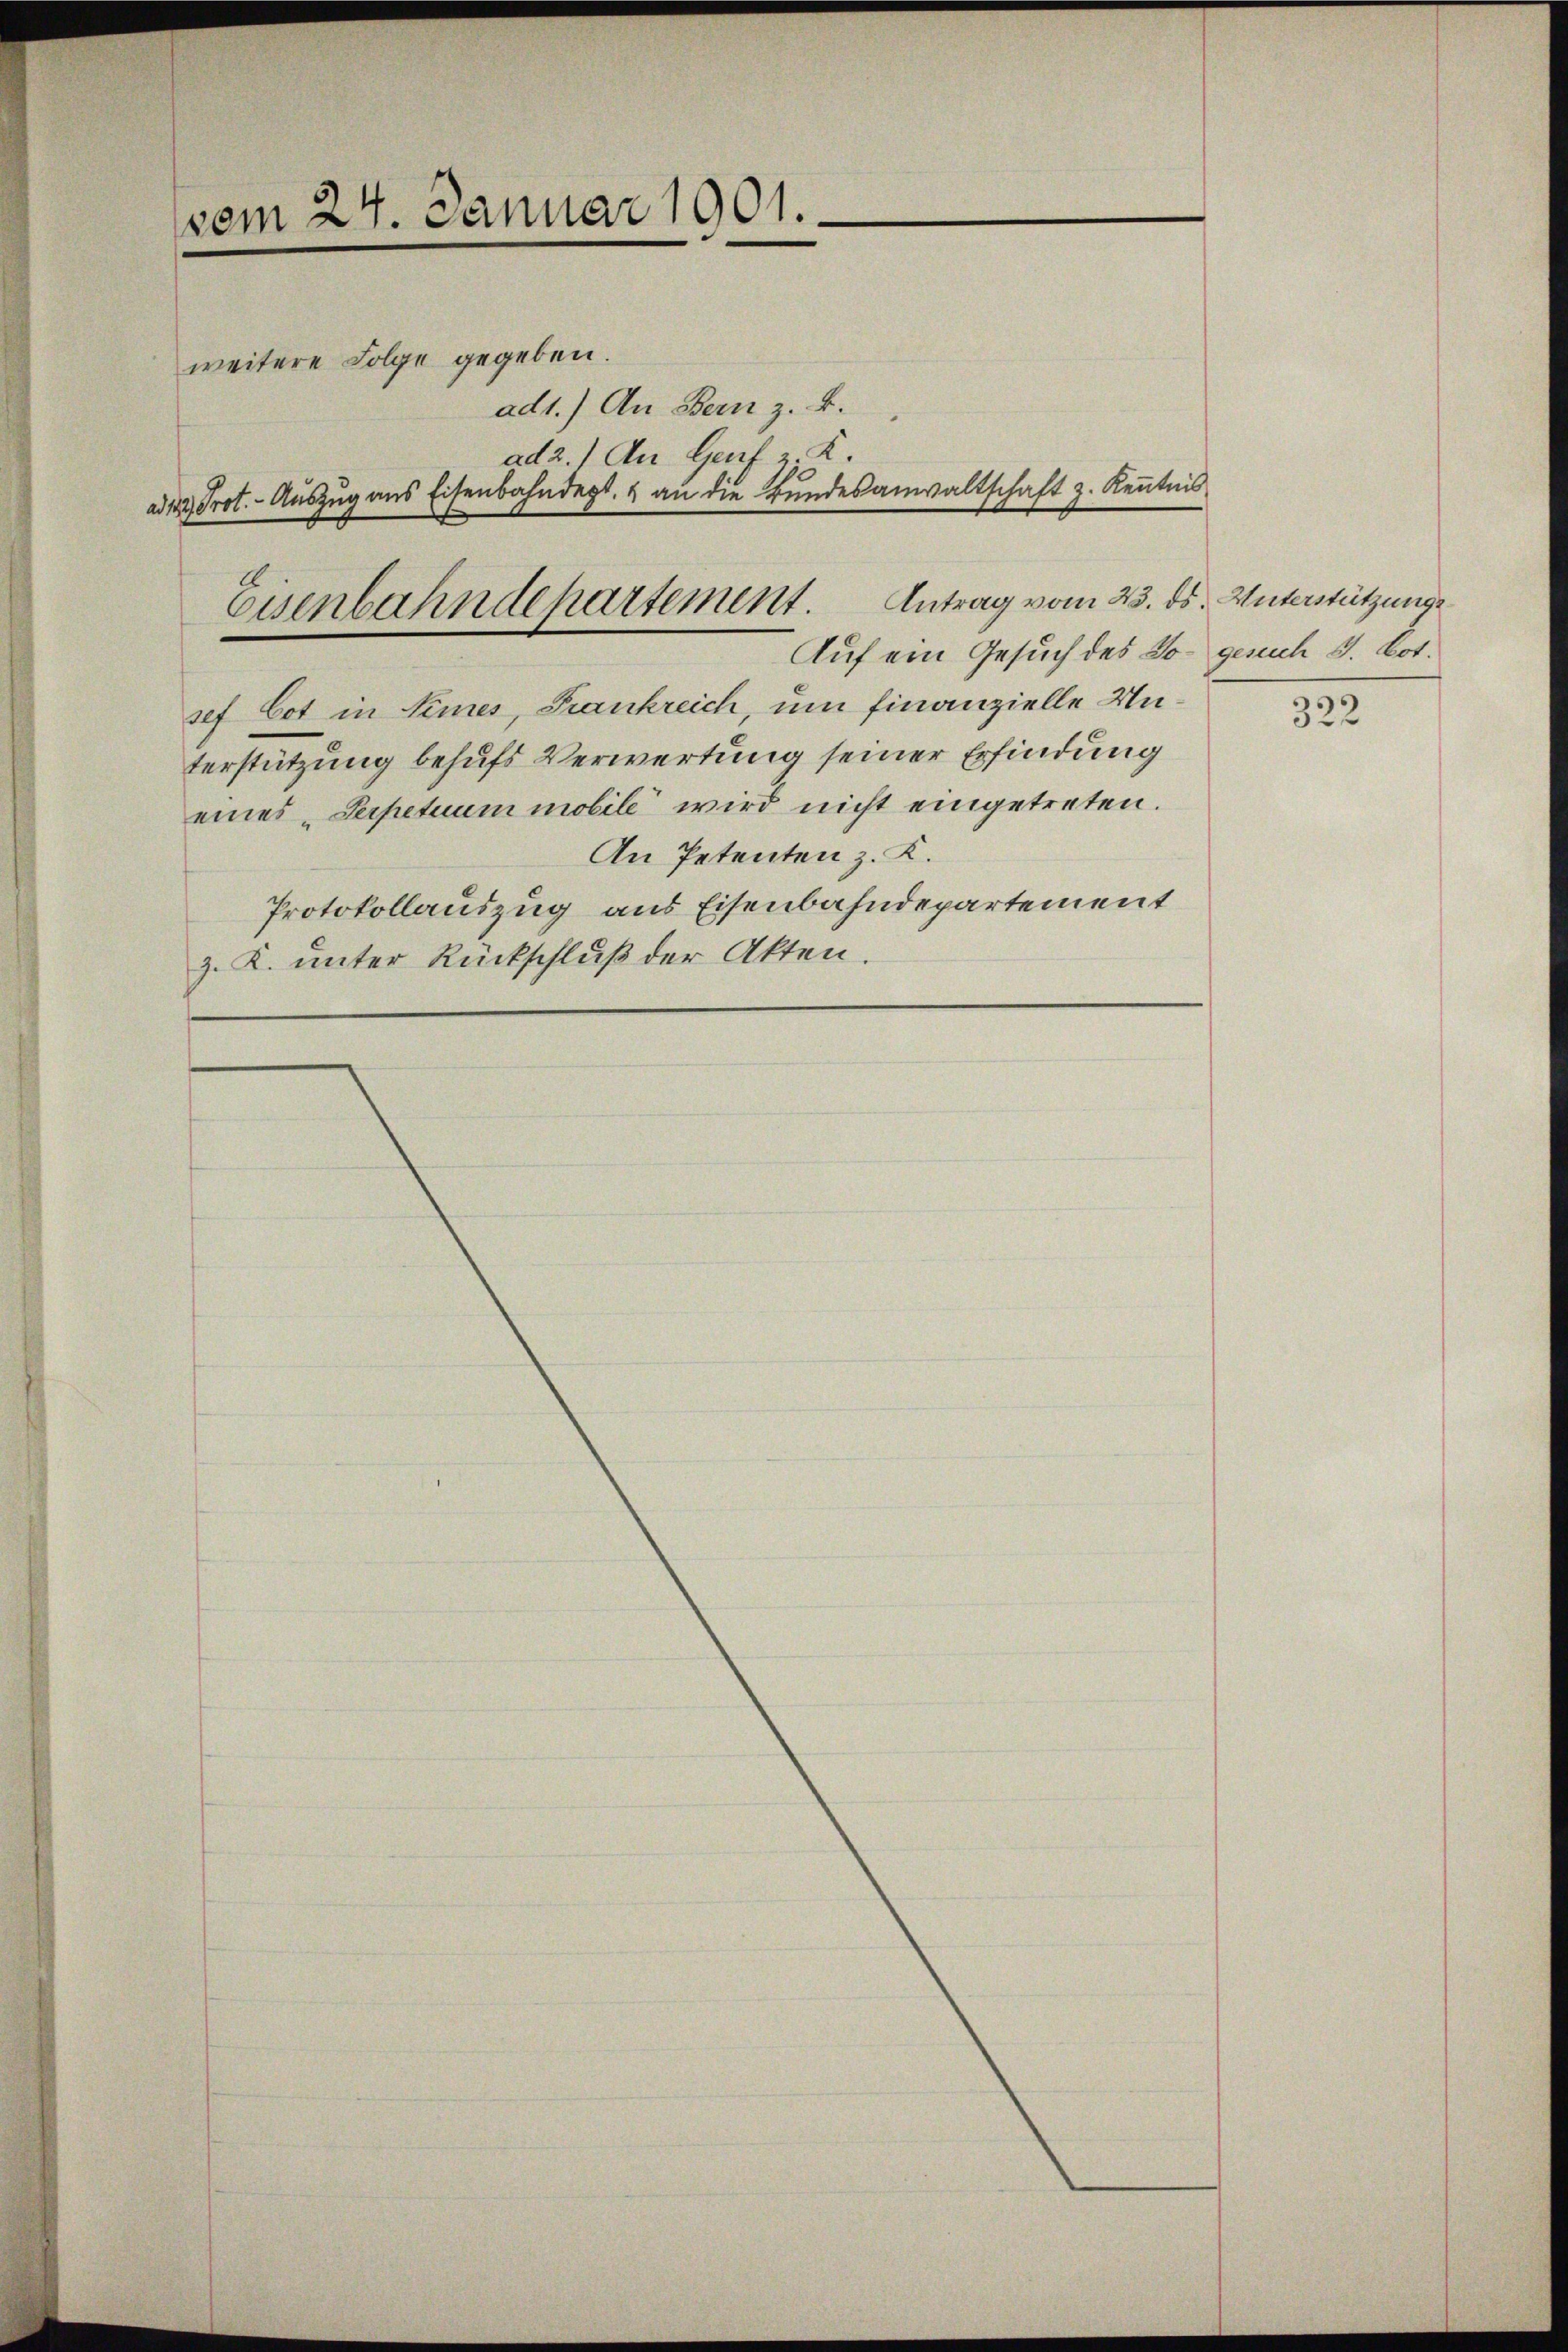
vom 24. Januar 1901.

weitere Folge gegeben.
sef Cot in Simes, Frankreich, um finanzielle Unterstützung behufs Verwertung seiner Erfindung
eines „Serpetuum mobile wird nicht eingetreten.
An Petenten z. K.
Protokollauszug aus Eisenbahndepartement
z. K. unter Rückschluß der Akten.

ad1.) An Bern z. B.
ad 2.) An Genf v. K.
ad 13 Prot. - Auszug aus Eisenbahndept, & an die Bundesanwaltschaft z. Kenntnis
Antrag vom 23. ds. Unterstützungs
Eisenbahndepartement.
Auf ein Gesuch des Do- gesuch u. bot.

322